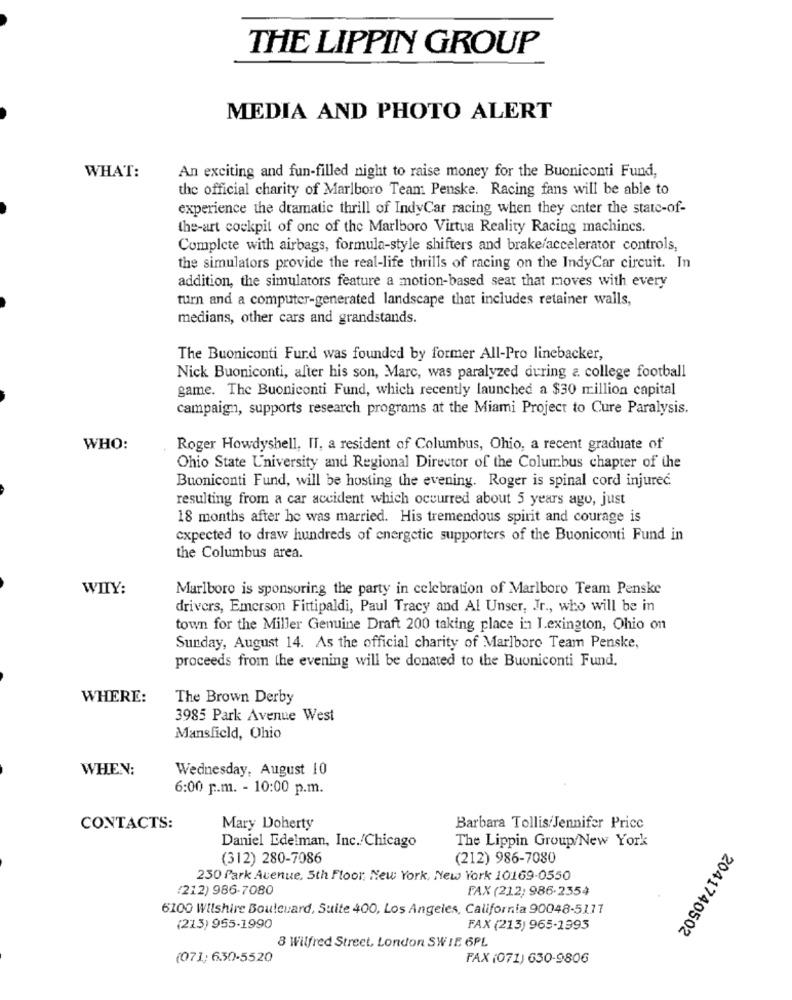
THE LIPPIN GROUP
MEDIA AND PHOTO ALERT
WHAT:
An exciting and fun-filled night to raise money for the Buoniconti Fund,
the official charity of Marlboro Team Penske. Racing fans will be able to
experience the dramatic thrill of IndyCar racing when they enter the state-of-
the-art cockpit of one of the Marlboro Virtua Reality Racing machines.
Complete with airbags, formula-style shifters and brake/accelerator controls,
the simulators provide the real-life thrills of racing on the IndyCar circuit. In
addition, the simulators feature a motion-based seat that moves with every
turn and a computer-generated landscape that includes retainer walls,
medians, other cars and grandstands.
The Buoniconti Furd was founded by former All-Pro linebacker,
Nick Buoniconti, after his son, Marc, was paralyzed during a college football
game. The Buoniconti Fund, which recently launched a $30 million capital
campaign, supports research programs at the Miami Project to Cure Paralysis.
WHO:
Roger Howdyshell, IT, a resident of Columbus, Ohio, a recent graduate of
Ohio State University and Regional Director of the Columbus chapter of the
Buoniconti Fund, will be hosting the evening. Roger is spinal cord injured.
resulting from a car accident which occurred about 5 years ago, just
18 months after he was married. His tremendous spirit and courage is
expected to draw hundreds of energetic supporters of the Buoniconti Fund in
the Columbus area.
WIIY:
Marlboro is sponsoring the party in celebration of Marlboro Team Penske
drivers, Emerson Fittipaldi, Paul Tracy and Al Unser, Jr ., who will be in
town for the Miller Genuine Draft 200 taking place in Lexington, Ohio on
Sunday, August 14. As the official charity of Marlboro Team Penske,
proceeds from the evening will be donated to the Buoniconti Fund.
WHERE:
The Brown Derby
3985 Park Avenue West
Mansfield, Ohio
WHEN:
Wednesday, August 10
6:00 p.m. - 10:00 p.m.
CONTACTS:
Mary Doherty
Barbara Tollis/Jennifer Pricc
Daniel Edelman, Inc./Chicago
The Lippin Group/New York
(312) 280-7086
(212) 986-7080
230 Park Avenue, 5th Floor, New York, New York 10169-0550
(212) 986-7080
FAX (212; 986-2354
6100 Wilshire Boulevard, Suite 400, Los Angeles, California 90048-5111
(213) 955-1990
FAX (213) 965-1993
2041740502
8 Wilfred Street, London SWIE 6PL
(071; 6.30-5520
FAX (071) 630-9806